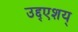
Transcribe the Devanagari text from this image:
उद्द्एशय्